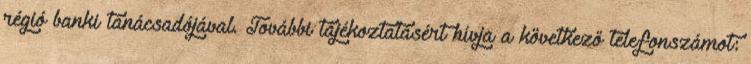
régió banki tanácsadójával. További tájékoztatásért hívja a következő telefonszámot: